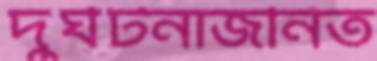
দুর্ঘটনাজনিত